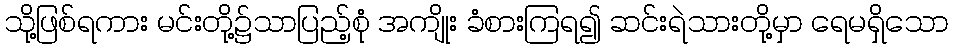
သို့ဖြစ်ရကား မင်းတို့၌သာပြည့်စုံ အကျိုး ခံစားကြရ၍ ဆင်းရဲသားတို့မှာ ရေမရှိသော